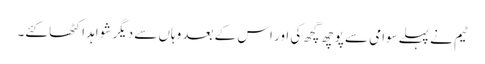
ٹیم نے پہلےسوامی سے پوچھ گچھ کی اور اس کے بعد وہاں سے دیگر شواہد اکٹھا کئے۔